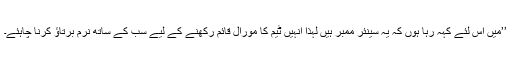
’’میں اس لئے کہہ رہا ہوں کہ یہ سینئر ممبر ہیں لہٰذا انہیں ٹیم کا مورال قائم رکھنے کے لیے سب کے ساتھ نرم برتاؤ کرنا چاہئے۔